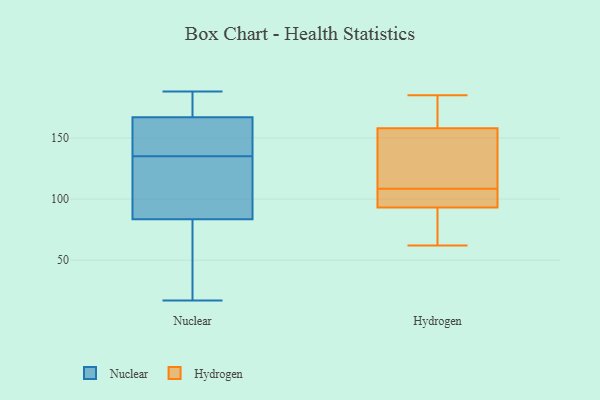
{"axis": {"x": "Revenue (USD Million)", "y": "Value"}, "legend": ["Hydrogen", "Nuclear"], "data": [{"x": "", "y": 115, "type": "Nuclear"}, {"x": "", "y": 87, "type": "Nuclear"}, {"x": "", "y": 64, "type": "Nuclear"}, {"x": "", "y": 158, "type": "Nuclear"}, {"x": "", "y": 94, "type": "Nuclear"}, {"x": "", "y": 138, "type": "Nuclear"}, {"x": "", "y": 177, "type": "Nuclear"}, {"x": "", "y": 168, "type": "Nuclear"}, {"x": "", "y": 68, "type": "Nuclear"}, {"x": "", "y": 140, "type": "Nuclear"}, {"x": "", "y": 166, "type": "Nuclear"}, {"x": "", "y": 17, "type": "Nuclear"}, {"x": "", "y": 188, "type": "Nuclear"}, {"x": "", "y": 83, "type": "Nuclear"}, {"x": "", "y": 132, "type": "Nuclear"}, {"x": "", "y": 49, "type": "Nuclear"}, {"x": "", "y": 184, "type": "Nuclear"}, {"x": "", "y": 188, "type": "Nuclear"}, {"x": "", "y": 84, "type": "Nuclear"}, {"x": "", "y": 164, "type": "Nuclear"}, {"x": "", "y": 125, "type": "Hydrogen"}, {"x": "", "y": 94, "type": "Hydrogen"}, {"x": "", "y": 185, "type": "Hydrogen"}, {"x": "", "y": 62, "type": "Hydrogen"}, {"x": "", "y": 106, "type": "Hydrogen"}, {"x": "", "y": 179, "type": "Hydrogen"}, {"x": "", "y": 113, "type": "Hydrogen"}, {"x": "", "y": 158, "type": "Hydrogen"}, {"x": "", "y": 92, "type": "Hydrogen"}, {"x": "", "y": 78, "type": "Hydrogen"}, {"x": "", "y": 104, "type": "Hydrogen"}, {"x": "", "y": 178, "type": "Hydrogen"}, {"x": "", "y": 93, "type": "Hydrogen"}, {"x": "", "y": 111, "type": "Hydrogen"}]}